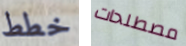
خطط مصطلحات